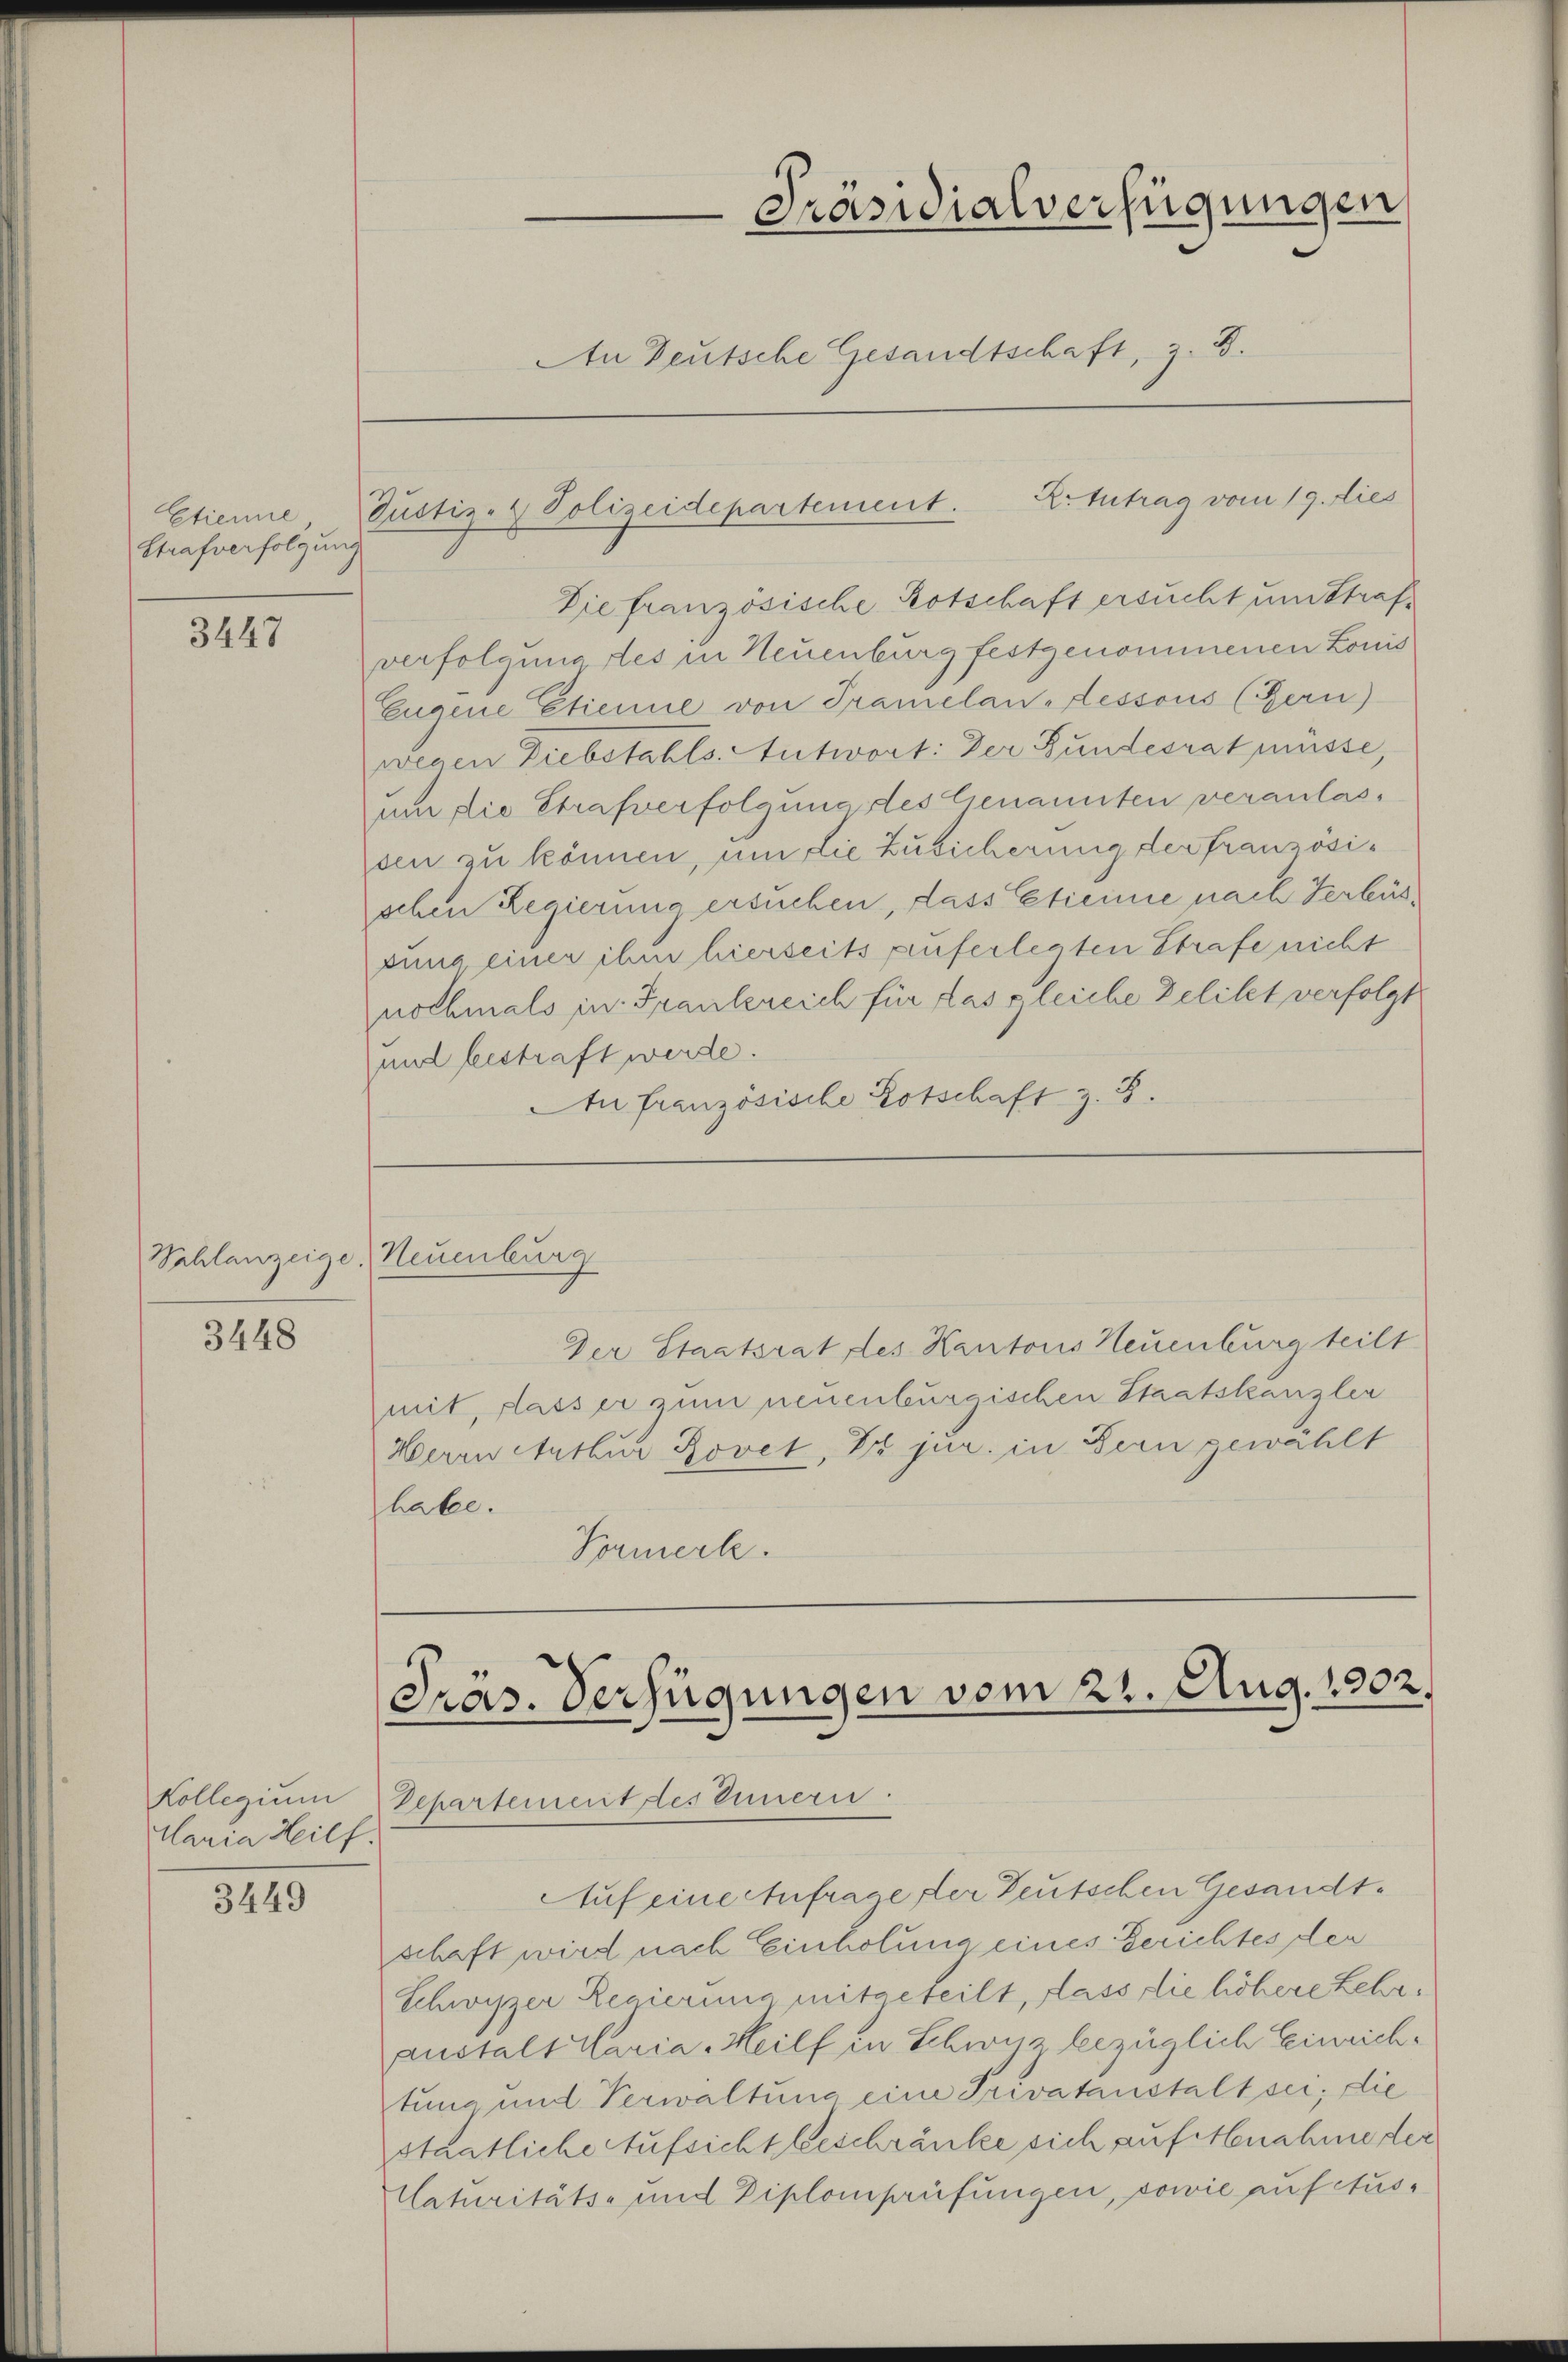
Etienne
Strafverfolgung

3447

3448

Kollegium
Maria Heilf

3449

Justiz- & Polizeidepartement. 2. Zutrag vom 19. dies

Die französische Kotschaft ersucht und Strafverfolgung des in Neuenburg festgenommenen Louis
Eugene Etienne von Tramelan-dessous (Bern)
wegen Diebstahls. Antwort: Der Bundesrat müsse,
um die Strafverfolgung des Genannten veranlassen zu können, um die Zusicherung der französischen Regierung ersuchen, dass Etiennie nach Verbüspung einer ihm hierseits auferlegten Strafe nicht
nochmals in Frankreich für das gleiche Deliket verfolgt
und bestraft werde.
Au französische Botschaft z. B.

Schlanzeige Neuenburg

Präsidialverfügungen
An Deutsche Gesandtschaft, z. B.

Der Staatsrat des Kantons Neuenburg teilt
mit, dass er zum neuenburgischen Staatskanzlei
Herrn Arthur Bovet, Dr jur. in Bern gewählt
habe.
Sormerk.

Präs. Verfügungen vom 21. Aug. 1902.
Departement des Innern.

Auf eine Anfrage der Deutschen Gesandtschaft wird nach Einholung eines Gerichtes der
Schwyzer Regierung mitgeteilt, dass die höhere Lehranstalt Maria Heilf in Schwyz bezüglich Einrichtung und Verwaltung eine Privatanstalt sei; die
staatliche Aufsicht beschränke sich auf Abnahme der
Naturitäts- und Diplomprüfungen, sowie auf Aus¬